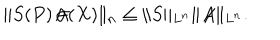
\| S ( P ) \! \not \! \! A ( X ) \| _ { n } \le \| S \| _ { L ^ { n } } \| \! \not \! \! A \| _ { L ^ { n } } .